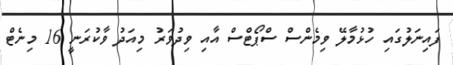
ފައިނަލުގައި ހުޅުމާލޭ ވިމެންސް ސްޕޯޓްސް އާއި ވިދުވަރު މިއަދު ވާކުރަނީ 16 މިނެޓް